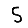
Digit: 5